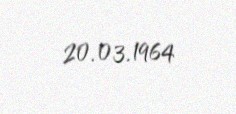
20.03.1964